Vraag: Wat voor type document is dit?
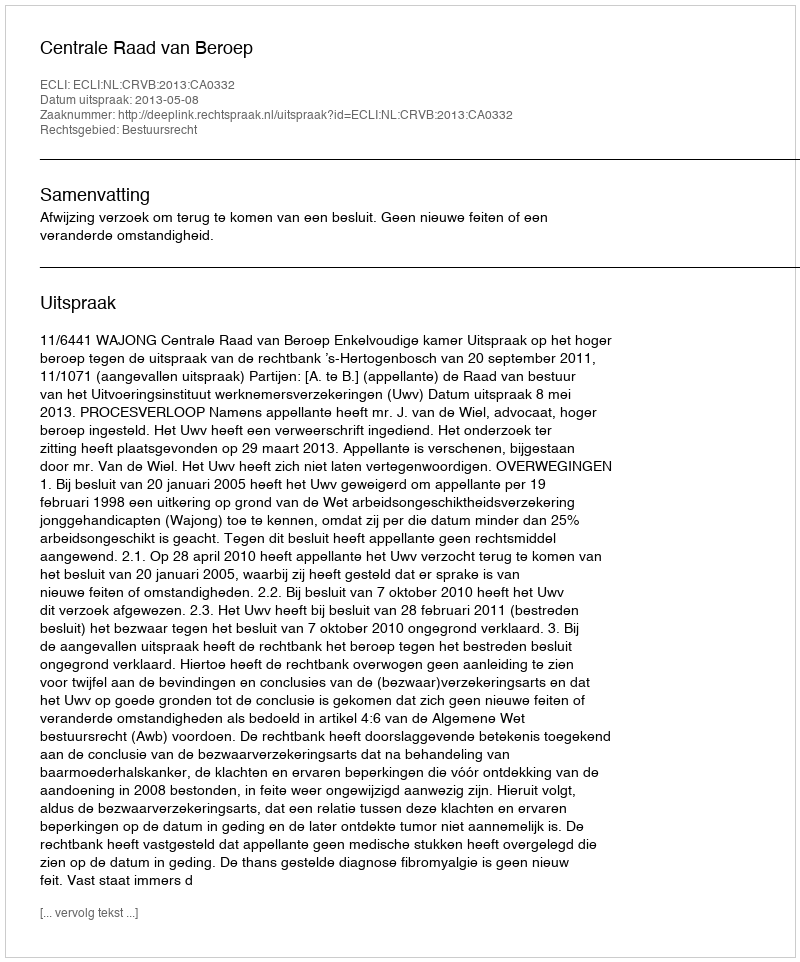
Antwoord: Uitspraak